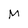
Character: M